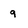
Character: 9